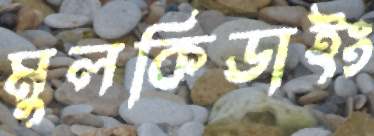
মুলকিডাইং